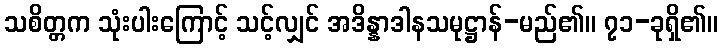
သစိတ္တက သုံးပါးကြောင့် သင့်လျှင် အဒိန္နာဒါနသမုဋ္ဌာန်-မည်၏။ ၇၁-ခုရှိ၏။